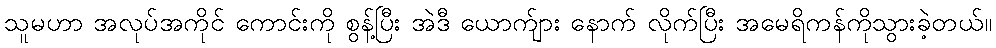
သူမဟာ အလုပ်အကိုင် ကောင်းကို စွန့်ပြီး အဲဒီ ယောက်ျား နောက် လိုက်ပြီး အမေရိကန်ကိုသွားခဲ့တယ်။